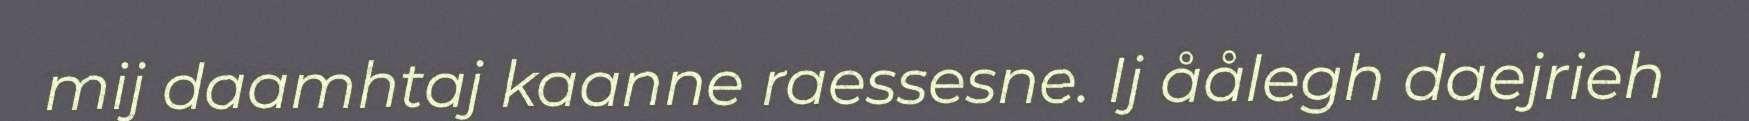
mij daamhtaj kaanne raessesne. Ij åålegh daejrieh